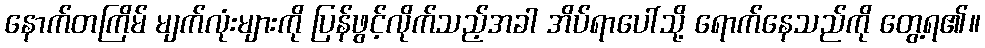
နောက်တကြိမ် မျက်လုံးများကို ပြန်ဖွင့်လိုက်သည့်အခါ အိပ်ရာပေါ်သို့ ရောက်နေသည်ကို တွေ့ရ၏။